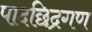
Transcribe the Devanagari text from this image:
पादछिद्रगण